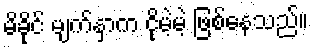
မိခိုင် မျက်နှာက ငိုမဲ့မဲ့ ဖြစ်နေသည်။